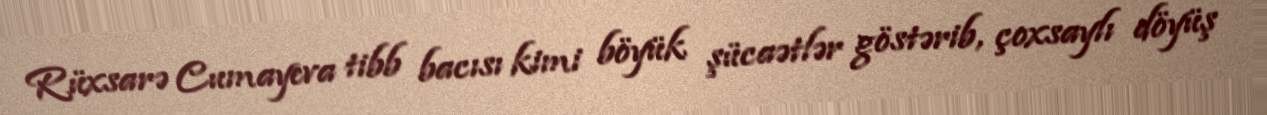
Rüxsarə Cumayeva tibb bacısı kimi böyük şücaətlər göstərib, çoxsaylı döyüş